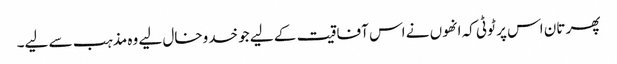
پھر تان اس پر ٹوٹی کہ انھوں نے اس آفاقیت کے لیے جو خدوخال لیے وہ مذہب سے لیے۔